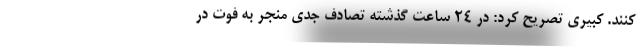
کنند. کبیری تصریح کرد: در ۲۴ ساعت گذشته تصادف جدی منجر به فوت در